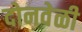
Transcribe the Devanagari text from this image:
दोनवेळी